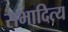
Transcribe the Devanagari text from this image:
सभादित्य